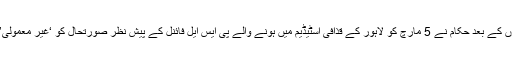
تمام متعلقہ سیکیورٹی اور قانون نافذ کرنے والے اداروں کے متعدد اجلاسوں کے بعد حکام نے 5 مارچ کو لاہور کے قذافی اسٹیڈیم میں ہونے والے پی ایس ایل فائنل کے پیش نظر صورتحال کو ‘غیر معمولی’ قرار دیتے ہوئے منگل 28 فروری کو سیکیورٹی پلان کوحتمی شکل دی۔